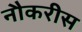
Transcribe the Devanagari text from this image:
नौकरीस